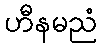
ဟီနမညံ